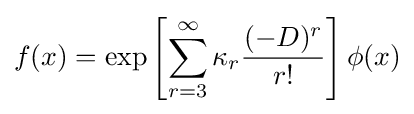
f(x)=\exp \left[\sum _{r=3}^{\infty }\kappa _{r}{\frac {(-D)^{r}}{r!}}\right]\phi (x)